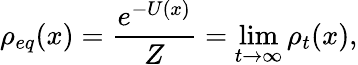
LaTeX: \rho_{eq}(x)=\frac{e^{-U(x)}}{Z}=\operatorname*{lim}_{t\to\infty}\rho_{t}(x),